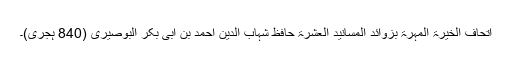
اتحاف الخیرۃ المہرۃ بزوائد المسانید العشرۃ حافظ شہاب الدین احمد بن ابی بکر البوصیری (840 ہجری)۔